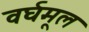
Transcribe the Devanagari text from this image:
वर्घमूल